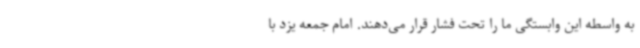
به واسطه این وابستگی ما را تحت فشار قرار می‌دهند. امام جمعه یزد با